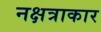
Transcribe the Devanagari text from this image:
नक्षत्राकार